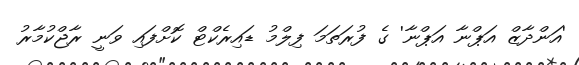
'އަންދާޒް އަޕްނާ އަޕްނާ' ގެ ފުރަތަމަ ފިލްމު ޑައިރެކްޓް ކޮށްފައި ވަނީ ރާޖްކުމާރު